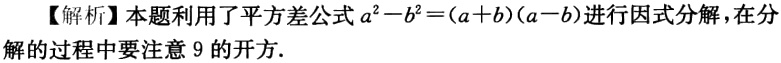
【解析】本题利用了平方差公式\(a^{2}-b^{2}=(a + b)(a - b)\)进行因式分解，在分解的过程中要注意\(9\)的开方.